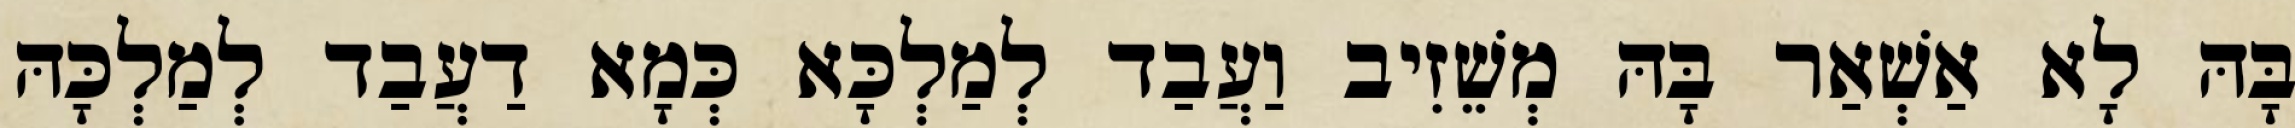
בָּהּ לָא אַשְׁאַר בָּהּ מְשֵׁזִיב וַעֲבַד לְמַלְכָּא כְּמָא דַעֲבַד לְמַלְכָּהּ